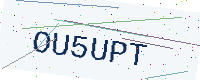
Text: OU5UPT